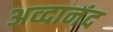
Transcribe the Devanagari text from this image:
अव्दानंद